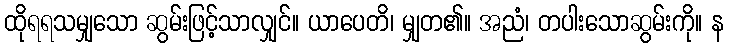
ထိုရရသမျှသော ဆွမ်းဖြင့်သာလျှင်။ ယာပေတိ၊ မျှတ၏။ အညံ၊ တပါးသောဆွမ်းကို။ န